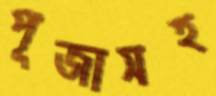
পূজাসহ